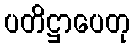
ပတိဋ္ဌာပေတု